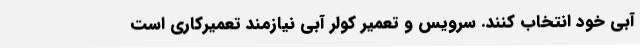
آبی خود انتخاب کنند. سرویس و تعمیر کولر آبی نیازمند تعمیرکاری است